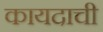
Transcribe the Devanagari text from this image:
कायदाची